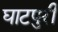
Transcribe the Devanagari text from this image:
घाटपुरी